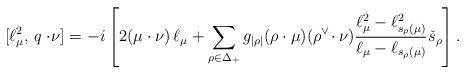
LaTeX: \begin{align*}[\ell^2_\mu,\,q\cdot\!\nu]=-i\left[2(\mu\cdot\nu)\, \ell_\mu+\sum_{\rho\in\Delta_+}g_{|\rho|}(\rho\cdot\mu)(\rho^\vee\!\cdot\nu) \frac{\ell_\mu^2-\ell^2_{s_\rho(\mu)}} {\ell_\mu-\ell_{s_{\rho}(\mu)}}\check{s}_\rho\right].\end{align*}